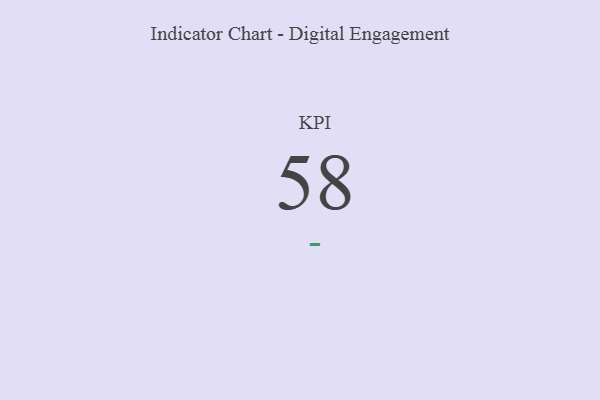
{"axis": {"x": "KPI", "y": "Value"}, "legend": [""], "data": [{"x": "KPI", "y": 58, "type": ""}]}